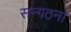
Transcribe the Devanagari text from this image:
सन्गठनो